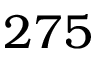
2 7 5